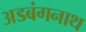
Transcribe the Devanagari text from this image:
अडबंगनाथ